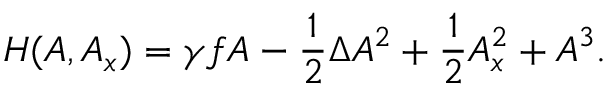
H ( A , A _ { x } ) = \gamma f A - \frac { 1 } { 2 } \Delta A ^ { 2 } + \frac { 1 } { 2 } A _ { x } ^ { 2 } + A ^ { 3 } .